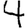
Digit: 4